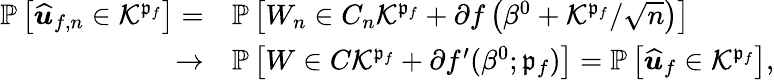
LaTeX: \begin{array}{rl}{\mathbb{P}\left[\widehat{\boldsymbol{u}}_{f,n}\in\mathcal{K}^{\mathfrak{p}_{f}}\right]=}&{\mathbb{P}\left[W_{n}\in C_{n}\mathcal{K}^{\mathfrak{p}_{f}}+\partial f\left(\beta^{0}+\mathcal{K}^{\mathfrak{p}_{f}}/\sqrt{n}\right)\right]}\\ {\rightarrow}&{\mathbb{P}\left[W\in C\mathcal{K}^{\mathfrak{p}_{f}}+\partial f^{\prime}(\beta^{0};\mathfrak{p}_{f})\right]=\mathbb{P}\left[\widehat{\boldsymbol{u}}_{f}\in\mathcal{K}^{\mathfrak{p}_{f}}\right],}\end{array}